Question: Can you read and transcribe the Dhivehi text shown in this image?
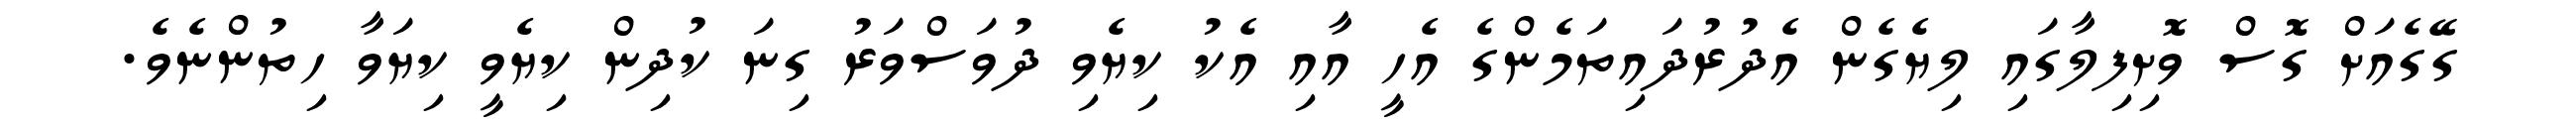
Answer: ގޭގެއަށް ގޮސް ވޮށިފިލާގައި ލިޔެގެން އެދުރުދައިތަމެންގެ އެހީ އާއި އެކު ކިޔެވި ދުވަސްވަރު ގިނަ ކުދިން ކިޔެވީ ކިޔަވާ ހިތުންނެވެ.